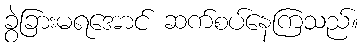
ခွဲခြားမရအောင် ဆက်စပ်နေကြသည်။